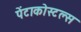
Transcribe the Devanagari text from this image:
पेंटाकोस्टल्स